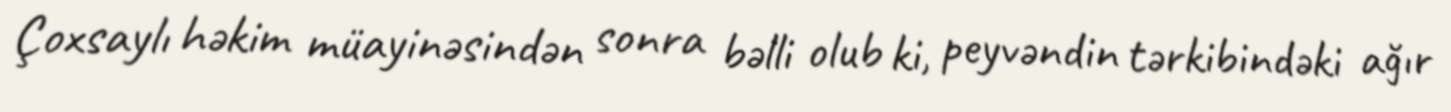
Çoxsaylı həkim müayinəsindən sonra bəlli olub ki, peyvəndin tərkibindəki ağır